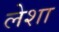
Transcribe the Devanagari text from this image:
लेशा